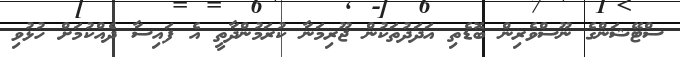
ސްޓޭޝަންގެ ނޫސްވެރިން ބޮޑެތި އަދަދުތަކުން ޖޫރިމަނާ ކުރަމުންދާތީ އެ ފައިސާ ދެއްކުމަށް ހުޅުވި